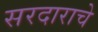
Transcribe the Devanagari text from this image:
सरदाराचे